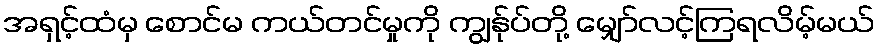
အရှင့်ထံမှ စောင်မ ကယ်တင်မှုကို ကျွန်ုပ်တို့ မျှော်လင့်ကြရလိမ့်မယ်